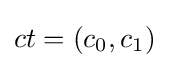
ct=(c_{0},c_{1})